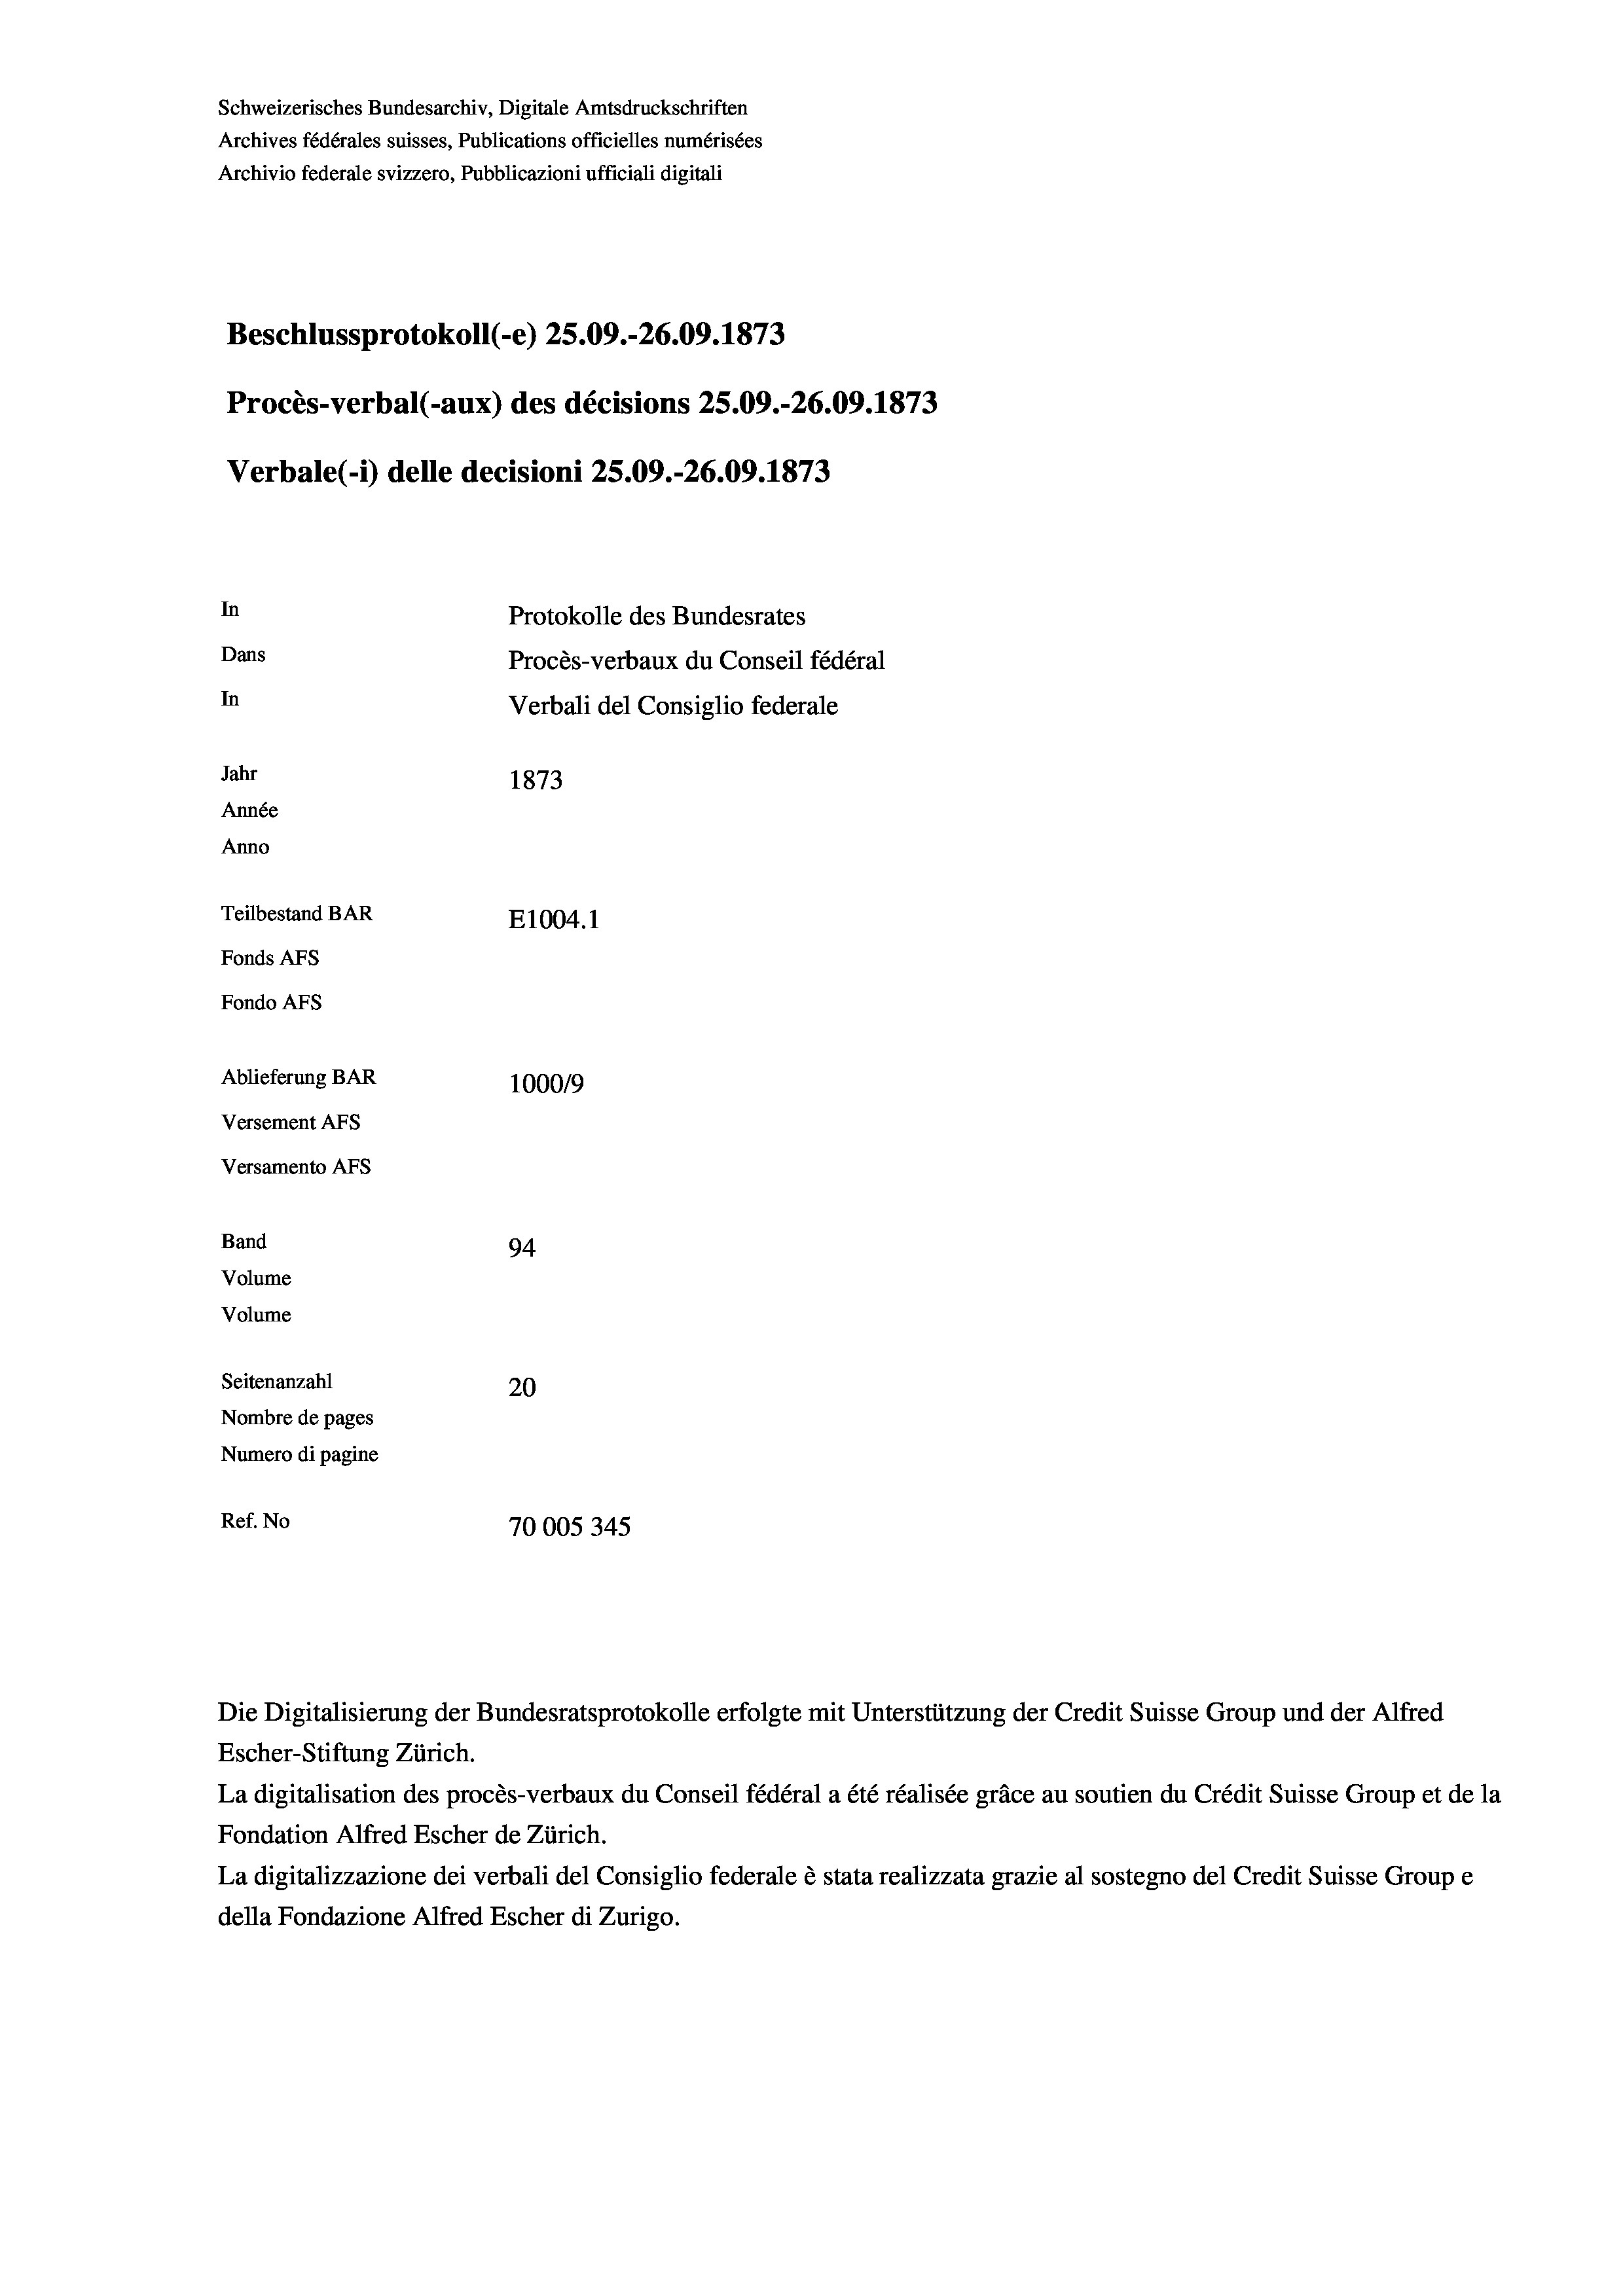
Schweizerisches Bundesarchiv, Digitale Amtsdruckschriften
Archives fédérales suisses, Publications officielles numérisées
Archivio federale svizzero, Pubblicazioni ufficiali digitali
Beschlussprotokoll (-e) 25.09.-26.09. 1873
Procès-verbal (-aux) des décisions 25.09.-26.09. 1873
Verbale(-*) delle decisioni 25.09.-26.09. 1873
In
Protokolle des Bundesrates
Dans
Procès-verbaux du Conseil fédéral
In
Verbali del Consiglio federale
Jahr
1873
Année
Anno
Teilbestand BAR
E1004.1
Fonds AFs
Fondo AFS
Ablieferung BAR
100019
Versement AFs
Versamento Afs
Band
94.
Volume
Volume
Seitenanzahl
20
Nombre de pages
Numero di pagine
Ref. No
70005345

Escher-Stiftung Zürich.
La digitalisation des procès-verbaux du Conseil fédéral a été réalisée gräce au soutien du Crédit Suisse Group et de la
Fondation Alfred Escher de Zürich.
La digitalizzazione dei verbali del Consiglio federale è stata realizzata grazie al sostegno del Credit Suisse Groupe
della Fondazione Alfred Escher di Zurigo.

Die Digitalisierung der Bundesratsprotokolle erfolgte mit Unterstützung der Credit Suisse Group und der Alfred